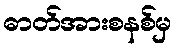
ဓာတ်အားစနစ်မှ